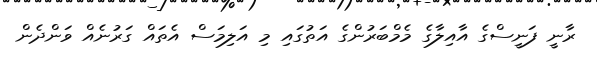
ރާނީ ފަނީސްގެ އާއިލާގެ މެމްބަރުންގެ އަތުގައި މި އަލިމަސް އެތައް ގަރުނެއް ވަންދެން